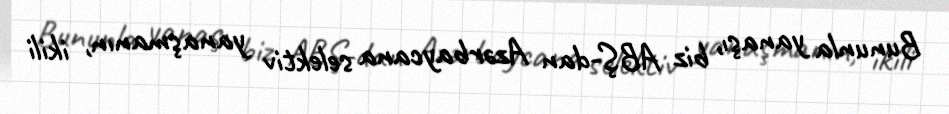
Bununla yanaşı, biz ABŞ-dan Azərbaycana selektiv yanaşmanın, ikili